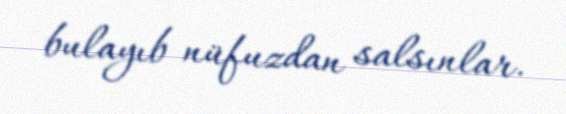
bulayıb nüfuzdan salsınlar.